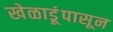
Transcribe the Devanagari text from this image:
खेळाडूंपासून